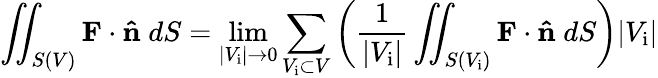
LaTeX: \iint_{S(V)}\mathbf{F}\cdot\mathbf{\hat{n}}\; dS=\operatorname*{lim}_{|V_{\mathrm{i}}|\to 0}\sum_{V_{\mathrm{i}}\subset V}\left({\frac{1}{|V_{\mathrm{i}}|}}\iint_{S(V_{\mathrm{i}})}\mathbf{F}\cdot\mathbf{\hat{n}}\; dS\right)|V_{\mathrm{i}}|